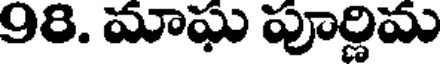
98. మాఘ పూర్ణిమ